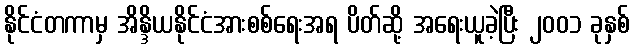
နိုင်ငံတကာမှ အိန္ဒိယနိုင်ငံအားစစ်ရေးအရ ပိတ်ဆို့ အရေးယူခဲ့ပြီး ၂၀၀၁ ခုနှစ်